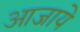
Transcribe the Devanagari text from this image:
आजाये